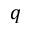
q